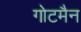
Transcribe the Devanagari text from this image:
गोटमैन